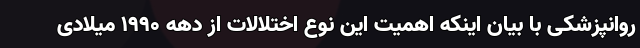
روانپزشکی با بیان اینکه اهمیت این نوع اختلالات از دهه ۱۹۹۰ میلادی